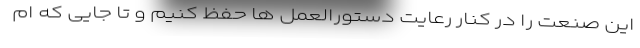
این صنعت را در کنار رعایت دستورالعمل ‌ها حفظ کنیم و تا جایی که ام